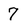
Character: 7